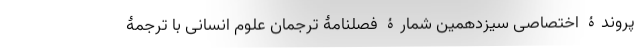
پروندۀ اختصاصی سیزدهمین شمارۀ فصلنامۀ ترجمان علوم انسانی با ترجمۀ